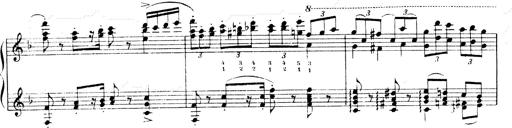
Title: Andante Finale und Marsch aus der Oper KÃ¶nig Alfred
Composer: Franz Liszt